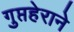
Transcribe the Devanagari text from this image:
गुप्तहेराने